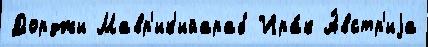
Дорджи Мавр'ик'ийараб Ира́к А́встр'иjа